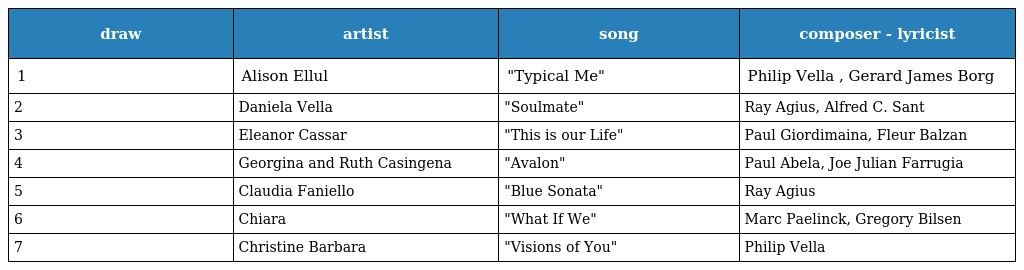
| draw | artist | song | composer - lyricist |
 | --- | --- | --- | --- |
 | 1 | Alison Ellul | "Typical Me" | Philip Vella , Gerard James Borg |
 | 2 | Daniela Vella | "Soulmate" | Ray Agius, Alfred C. Sant |
 | 3 | Eleanor Cassar | "This is our Life" | Paul Giordimaina, Fleur Balzan |
 | 4 | Georgina and Ruth Casingena | "Avalon" | Paul Abela, Joe Julian Farrugia |
 | 5 | Claudia Faniello | "Blue Sonata" | Ray Agius |
 | 6 | Chiara | "What If We" | Marc Paelinck, Gregory Bilsen |
 | 7 | Christine Barbara | "Visions of You" | Philip Vella |